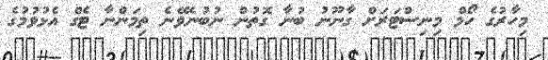
މިހާރުގެ ހޯމް މިނިސްޓަރަށް ގާނޫނު ބުނާ ގޮތުން ނުބުނެވޭނެ ތިމަންނާ ޓެގް އެޅުވުމުގެ